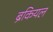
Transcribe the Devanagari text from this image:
ब्रैंकियल